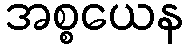
အစ္စယေန